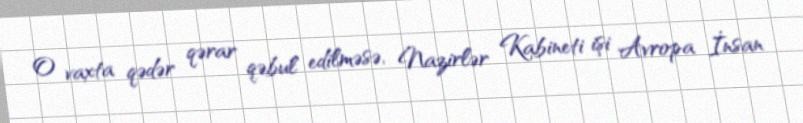
O vaxta qədər qərar qəbul edilməsə, Nazirlər Kabineti işi Avropa İnsan